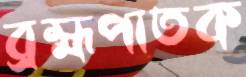
ব্রহ্মপাতক